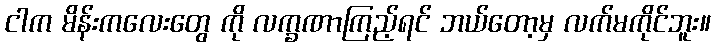
ငါက မိန်းကလေးတွေ ကို လက္ခဏာကြည့်ရင် ဘယ်တော့မှ လက်မကိုင်ဘူး။